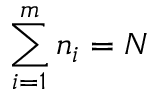
\sum _ { i = 1 } ^ { m } n _ { i } = N